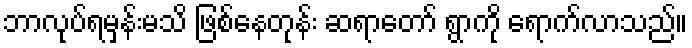
ဘာလုပ်ရမှန်းမသိ ဖြစ်နေတုန်း ဆရာတော် ရွာကို ရောက်လာသည်။